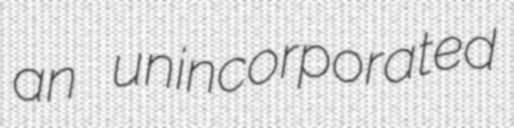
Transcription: an unincorporated